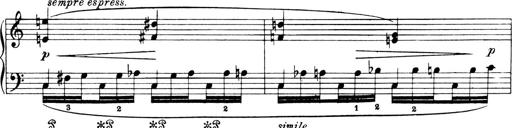
Title: 4 Sonatines
Composer: Max Reger